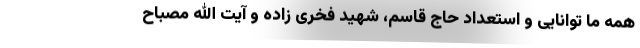
همه ما توانایی و استعداد حاج قاسم، شهید فخری زاده و آیت الله مصباح